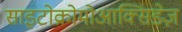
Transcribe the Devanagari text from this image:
साइटोक्रोमोआक्सिडेज़